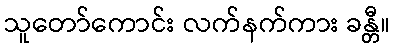
သူတော်ကောင်း လက်နက်ကား ခန္တီ။